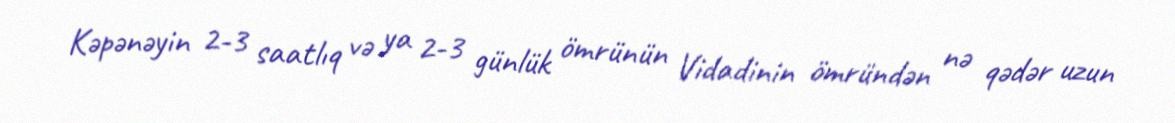
Kəpənəyin 2-3 saatlıq və ya 2-3 günlük ömrünün Vidadinin ömründən nə qədər uzun